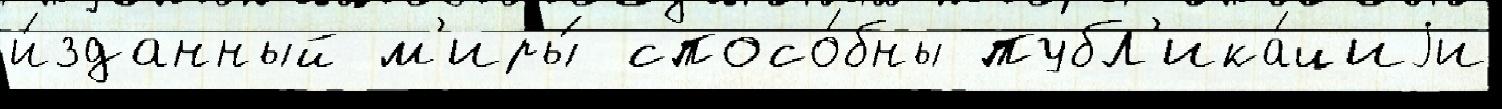
и́зданный м'иры́ спосо́бны публ'ика́циjи